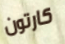
كارتون